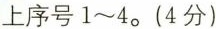
上序号1~4。(4分)